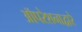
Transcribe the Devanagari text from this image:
ऑपरेशनाद्वारे